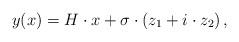
LaTeX: \begin{align*}y(x) = H \cdot x + \sigma \cdot \left(z_1 + i \cdot z_2\right),\end{align*}